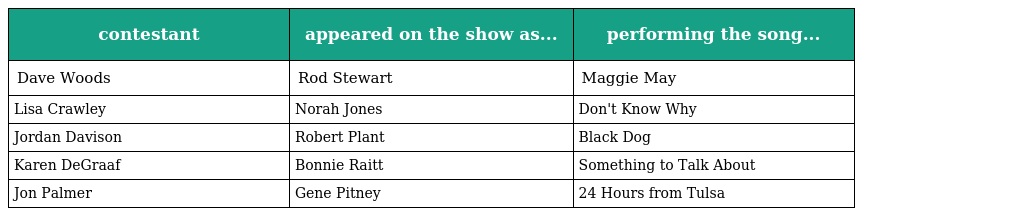
| contestant | appeared on the show as... | performing the song... |
 | --- | --- | --- |
 | Dave Woods | Rod Stewart | Maggie May |
 | Lisa Crawley | Norah Jones | Don't Know Why |
 | Jordan Davison | Robert Plant | Black Dog |
 | Karen DeGraaf | Bonnie Raitt | Something to Talk About |
 | Jon Palmer | Gene Pitney | 24 Hours from Tulsa |